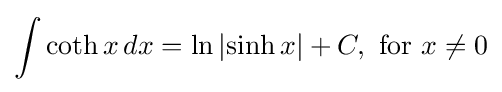
\int \coth x\,dx=\ln \left|\sinh x\right|+C,{\text{ for }}x\neq 0